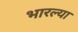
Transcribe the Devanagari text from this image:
भारल्या